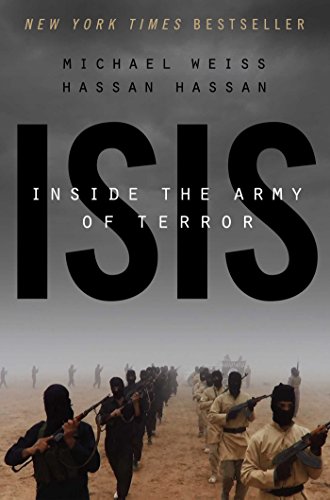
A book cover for ISIS: Inside the Army of Terror; Michael Weiss; History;